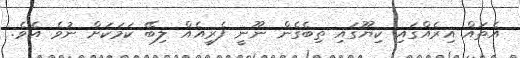
އެތައް އިރެއްގައި ކިޔޫގައި ތިބެގެން ނޫނީ ފެރީއެއް ލިބޭ ކަމަކަށް ނުވެ އެވެ.